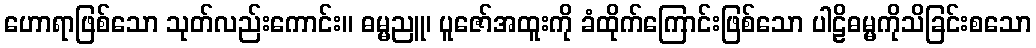
ဟောရာဖြစ်သော သုတ်လည်းကောင်း။ ဓမ္မညူ၊ ပူဇော်အထူးကို ခံထိုက်ကြောင်းဖြစ်သော ပါဠိဓမ္မကိုသိခြင်းစသော